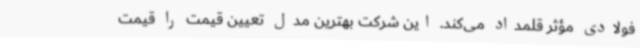
فولادی مؤثر قلمداد می‌کند. این شرکت بهترین مدل تعیین قیمت را قیمت